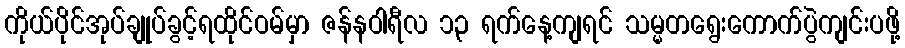
ကိုယ်ပိုင်အုပ်ချုပ်ခွင့်ရထိုင်ဝမ်မှာ ဇန်နဝါရီလ ၁၃ ရက်နေ့ကျရင် သမ္မတရွေးကောက်ပွဲကျင်းပဖို့